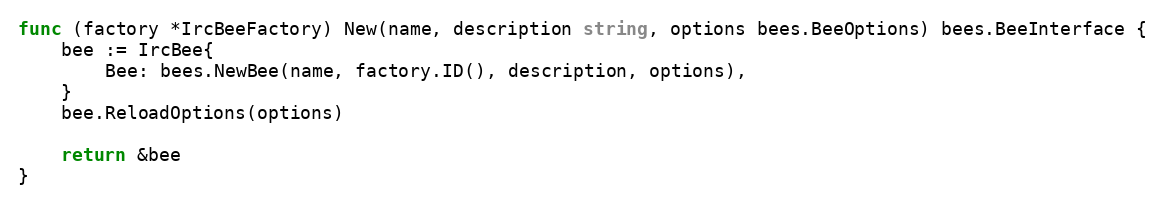
Language: Go
func (factory *IrcBeeFactory) New(name, description string, options bees.BeeOptions) bees.BeeInterface {
	bee := IrcBee{
		Bee: bees.NewBee(name, factory.ID(), description, options),
	}
	bee.ReloadOptions(options)

	return &bee
}